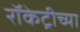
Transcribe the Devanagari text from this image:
रॉकेट्रीच्या